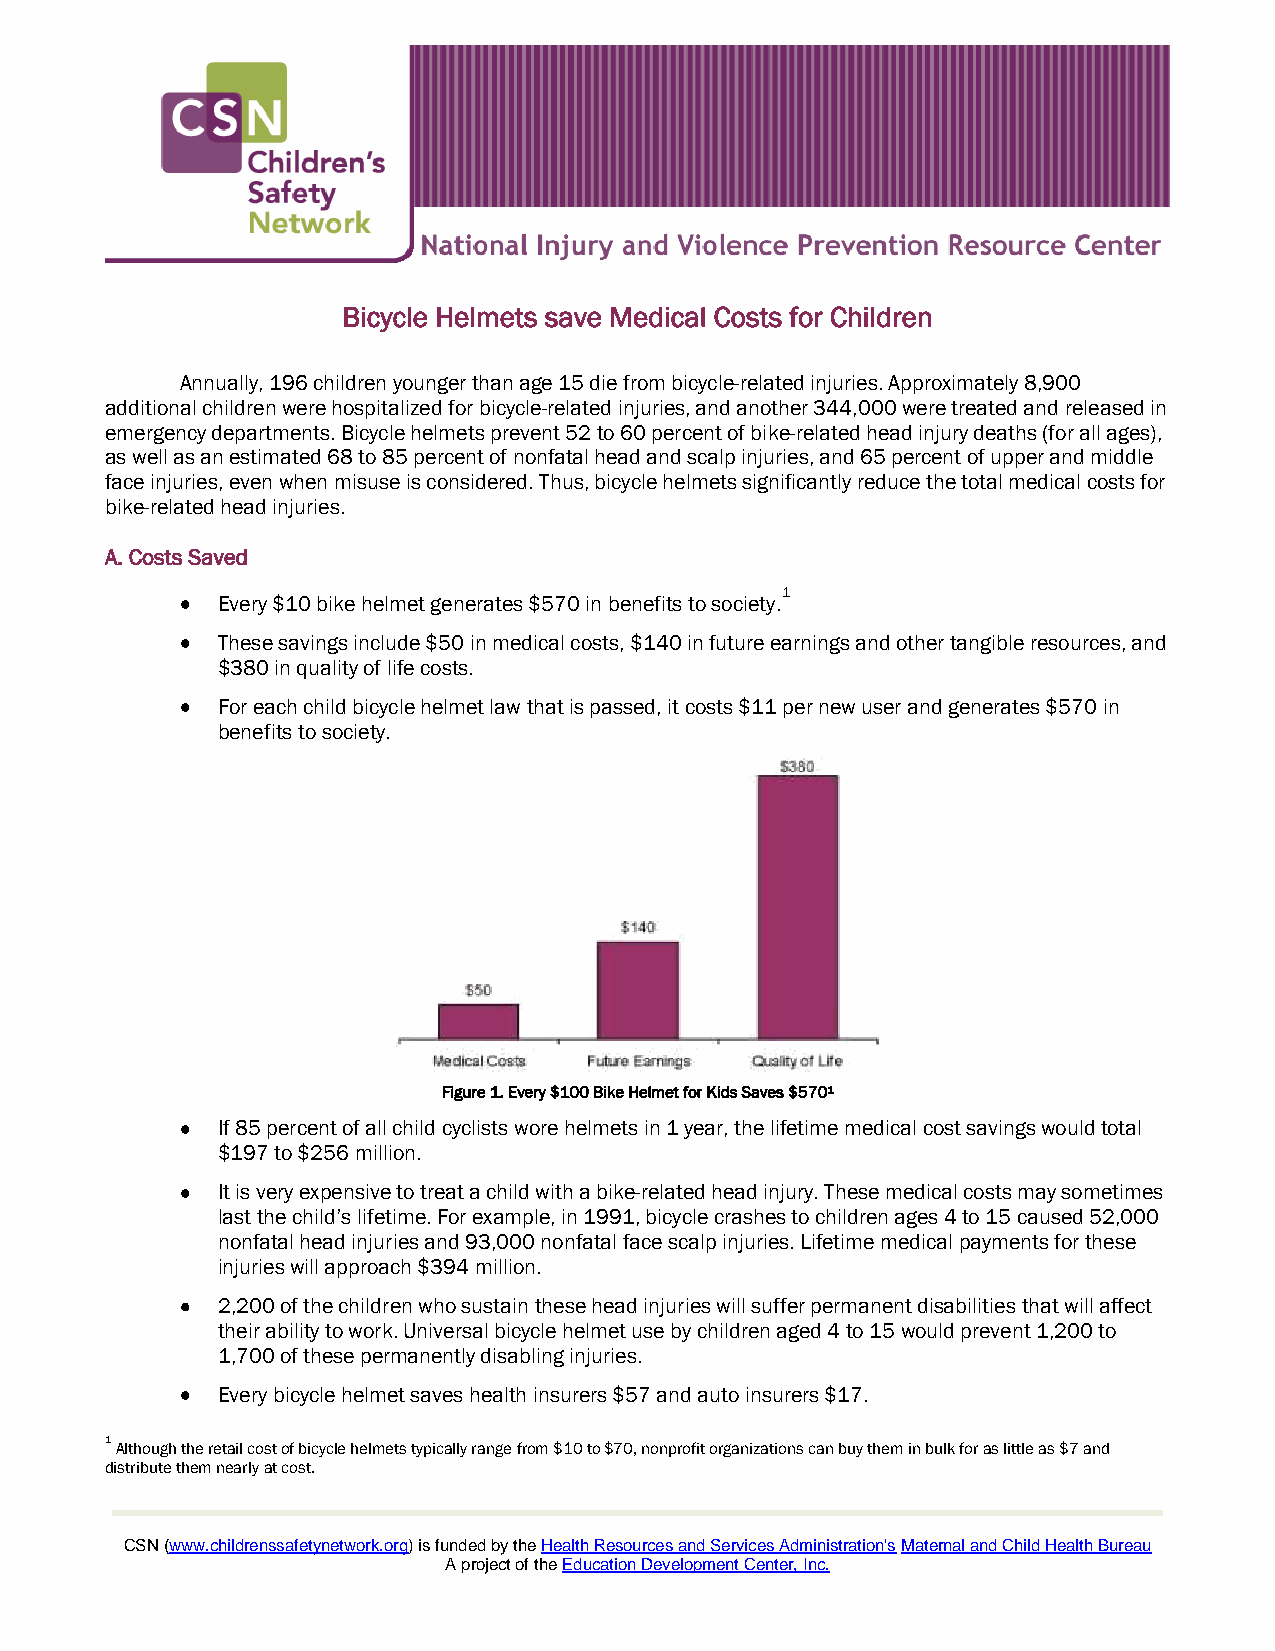
Bicycle Helmets save Medical Costs for Children
 Annually, 196 children younger than age 15 die from bicycle-related injuries. Approximately 8,900
 additional children were hospitalized for bicycle-related injuries, and another 344,000 were treated and released in
 emergency departments. Bicycle helmets prevent 52 to 60 percent of bike-related head injury deaths (for all ages),
 as well as an estimated 68 to 85 percent of nonfatal head and scalp injuries, and 65 percent of upper and middle
 face injuries, even when misuse is considered. Thus, bicycle helmets significantly reduce the total medical costs for
 bike-related head injuries.
 A. Costs Saved
 1
 Every $10 bike helmet generates $570 in benefits to society.
 These savings include $50 in medical costs, $140 in future earnings and other tangible resources, and
 $380 in quality of life costs.
 For each child bicycle helmet law that is passed, it costs $11 per new user and generates $570 in
 benefits to society.
 Figure 1. Every $100 Bike Helmet for Kids Saves $5701
 If 85 percent of all child cyclists wore helmets in 1 year, the lifetime medical cost savings would total
 $197 to $256 million.
 It is very expensive to treat a child with a bike-related head injury. These medical costs may sometimes
 last the child’s lifetime. For example, in 1991, bicycle crashes to children ages 4 to 15 caused 52,000
 nonfatal head injuries and 93,000 nonfatal face scalp injuries. Lifetime medical payments for these
 injuries will approach $394 million.
 2,200 of the children who sustain these head injuries will suffer permanent disabilities that will affect
 their ability to work. Universal bicycle helmet use by children aged 4 to 15 would prevent 1,200 to
 1,700 of these permanently disabling injuries.
 Every bicycle helmet saves health insurers $57 and auto insurers $17.
 1 Although the retail cost of bicycle helmets typically range from $10 to $70, nonprofit organizations can buy them in bulk for as little as $7 and
 distribute them nearly at cost.
 CSN (www.childrenssafetynetwork.org) is funded by the Health Resources and Services Administration's Maternal and Child Health Bureau
 A project of the Education Development Center, Inc.